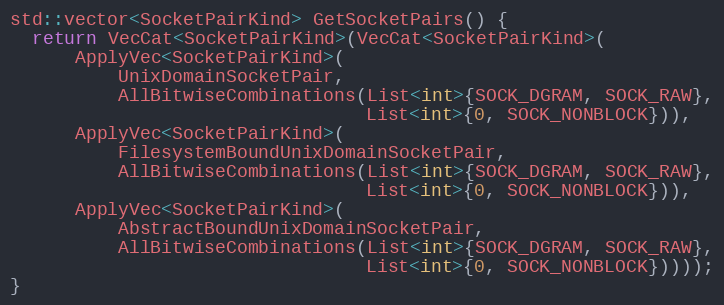
Language: C++
std::vector<SocketPairKind> GetSocketPairs() {
  return VecCat<SocketPairKind>(VecCat<SocketPairKind>(
      ApplyVec<SocketPairKind>(
          UnixDomainSocketPair,
          AllBitwiseCombinations(List<int>{SOCK_DGRAM, SOCK_RAW},
                                 List<int>{0, SOCK_NONBLOCK})),
      ApplyVec<SocketPairKind>(
          FilesystemBoundUnixDomainSocketPair,
          AllBitwiseCombinations(List<int>{SOCK_DGRAM, SOCK_RAW},
                                 List<int>{0, SOCK_NONBLOCK})),
      ApplyVec<SocketPairKind>(
          AbstractBoundUnixDomainSocketPair,
          AllBitwiseCombinations(List<int>{SOCK_DGRAM, SOCK_RAW},
                                 List<int>{0, SOCK_NONBLOCK}))));
}